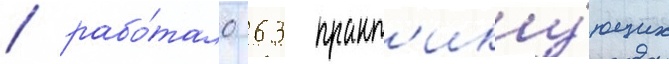
/ рабо́тало 63 практ'ику́ющих